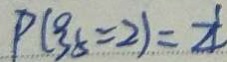
P ( ^ { 0 } _ { 3 } = 2 ) = \frac { 1 } { 4 }